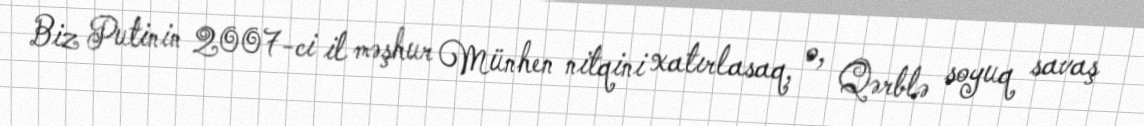
Biz Putinin 2007-ci il məşhur Münhen nitqini xatırlasaq, o, Qərblə soyuq savaş